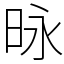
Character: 昹